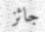
جائز